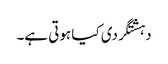
دہشتگردی کیا ہوتی ہے۔